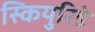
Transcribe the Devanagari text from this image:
स्कियुरिडे